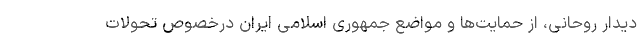
دیدار روحانی، از حمایت‌ها و مواضع جمهوری اسلامی ایران درخصوص تحولات